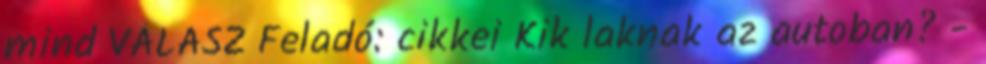
mind VÁLASZ Feladó: cikkei Kik laknak az autoban? -